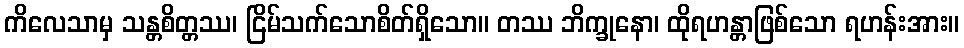
ကိလေသာမှ သန္တစိတ္တဿ၊ ငြိမ်သက်သောစိတ်ရှိသော။ တဿ ဘိက္ခုနော၊ ထိုရဟန္တာဖြစ်သော ရဟန်းအား။